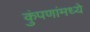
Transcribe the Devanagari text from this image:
कुंपणांमध्ये